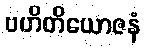
ဗဟိတိယောဇနံ